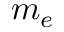
m _ { e }